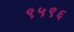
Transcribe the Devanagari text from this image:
९५९६